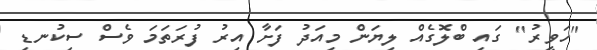
"ހަވީރު" ގައި ބްލޮގެއް ލިޔަން މިއަދު ފަށާ އިރު ފުރަތަމަ ވެސް ސިކުނޑި